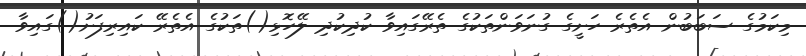
މިކަމުގެ ސަބަބުން އެތެރެ ހަށީގެ ގުނަވަންތަކުގެ ތެރޭގައިވާ ކުދިކުދި ލޭހޮޅި()ތަކުގެ އެތެރޭ ކައިރިފަށު()ގައިވާ